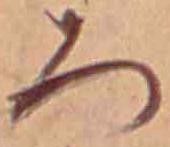
ろ